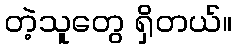
တဲ့သူတွေ ရှိတယ်။